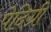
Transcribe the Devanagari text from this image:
पेदिग्री